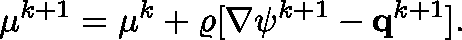
\mathbf { \mu } ^ { k + 1 } = \mathbf { \mu } ^ { k } + \varrho [ \nabla \psi ^ { k + 1 } - \mathbf { q } ^ { k + 1 } ] .